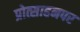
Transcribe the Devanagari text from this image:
प्रोत्साहनपर